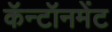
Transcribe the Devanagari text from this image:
कॅन्टॉनमेंट